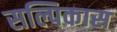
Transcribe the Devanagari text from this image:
सल्पिकास